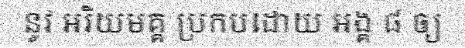
នូវ អរិយមគ្គ ប្រកបដោយ អង្គ ៨ ឲ្យ